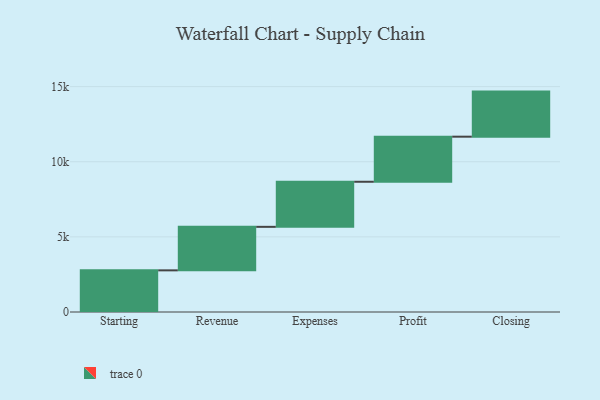
{"axis": {"x": "Step", "y": "Value"}, "legend": [""], "data": [{"x": "Starting", "y": 2772.0, "type": ""}, {"x": "Revenue", "y": 2895.0, "type": ""}, {"x": "Expenses", "y": 3000, "type": ""}, {"x": "Profit", "y": 3000, "type": ""}, {"x": "Closing", "y": 3000, "type": ""}]}